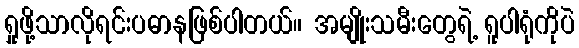
ရှုဖို့သာလိုရင်းပဓာနဖြစ်ပါတယ်။ အမျိုးသမီးတွေရဲ့ ရူပါရုံကိုပဲ